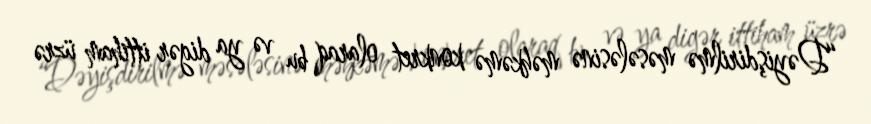
“Dəyişdirilmə məsələsinə məhkəmə konkret olaraq bu və ya digər ittiham üzrə